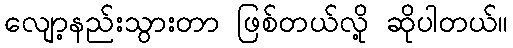
လျော့နည်းသွားတာ ဖြစ်တယ်လို့ ဆိုပါတယ်။